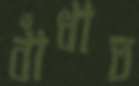
বাঁধাত